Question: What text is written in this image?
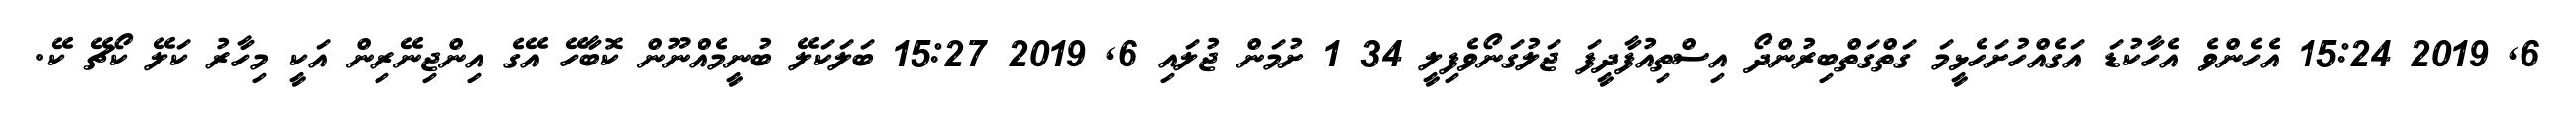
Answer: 6, 2019 15:24 އެހެންވެ އެހާކުޑަ އަގެއްހުށަހެޅީމަ ގަތްގަތްބިރުންދޯ އިސްތިއުފާދީފަ ޖަލުގަނޯވެފިލީ 34 1 ށުމަން ޖުލައި 6, 2019 15:27 ބަލަކަލޭ ބުނީމެއްނޫން ކޮބާހޭ އޭގެ އިންޖިނޭރިން އަކީ މިހާރު ކަލޭ ކޯޗޭ ކޭ.